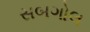
સબગોલ